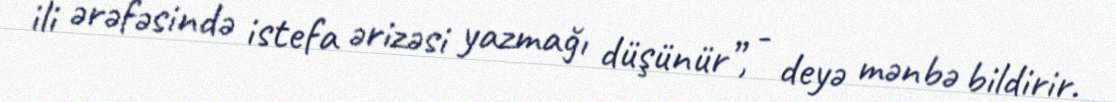
ili ərəfəsində istefa ərizəsi yazmağı düşünür”, - deyə mənbə bildirir.